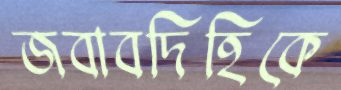
জবাবদিহিকে